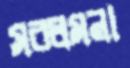
সরলমনা